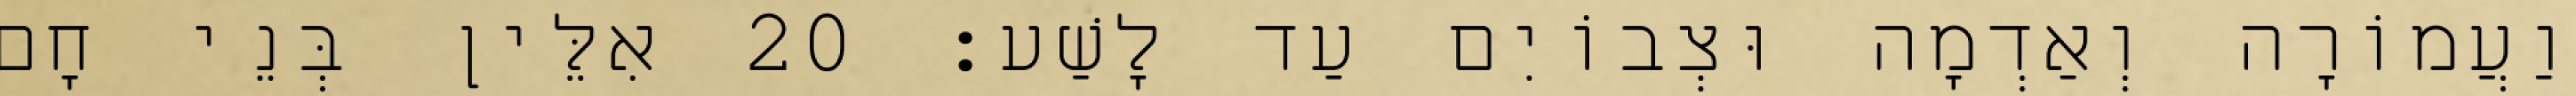
וַעֲמוֹרָה וְאַדְמָה וּצְבוֹיִם עַד לָשַׁע׃ 20 אִלֵּין בְּנֵי חָם